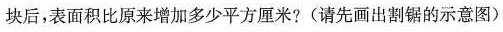
块后，表面积比原来增加多少平方厘米?(请先画出割锯的示意图)